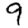
Digit: 9